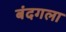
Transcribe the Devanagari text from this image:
बंदगला